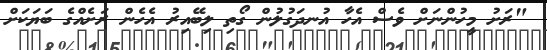
"ރަށު މީހުންނަށް ވެސް އެހާ އުނދަގުލުން ގޯތި ލިބޭއިރު އެހެން ރަށެއްގެ ބަޔަކަށް